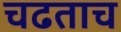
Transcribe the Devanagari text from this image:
चढताच